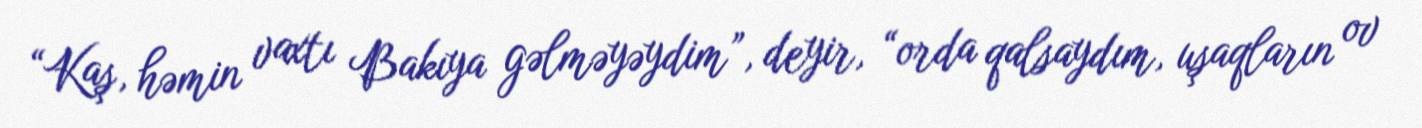
“Kaş, həmin vaxtı Bakıya gəlməyəydim”, deyir, “orda qalsaydım, uşaqların ov